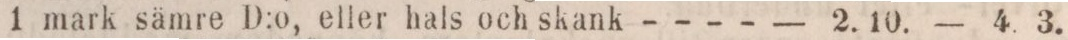
1 mark sämre D:o, eller hals och skank - - - -    — 2.10.    — 4. 3.